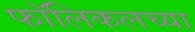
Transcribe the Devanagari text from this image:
फॉलिकलच्या